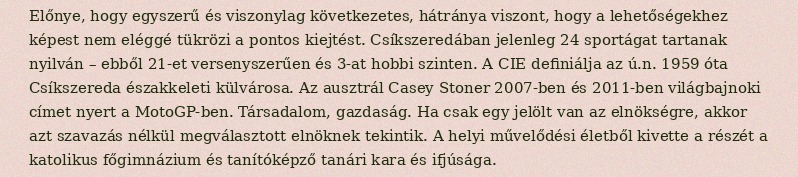
Előnye, hogy egyszerű és viszonylag következetes, hátránya viszont, hogy a lehetőségekhez képest nem eléggé tükrözi a pontos kiejtést. Csíkszeredában jelenleg 24 sportágat tartanak nyilván – ebből 21-et versenyszerűen és 3-at hobbi szinten. A CIE definiálja az ú.n. 1959 óta Csíkszereda északkeleti külvárosa. Az ausztrál Casey Stoner 2007-ben és 2011-ben világbajnoki címet nyert a MotoGP-ben. Társadalom, gazdaság. Ha csak egy jelölt van az elnökségre, akkor azt szavazás nélkül megválasztott elnöknek tekintik. A helyi művelődési életből kivette a részét a katolikus főgimnázium és tanítóképző tanári kara és ifjúsága.